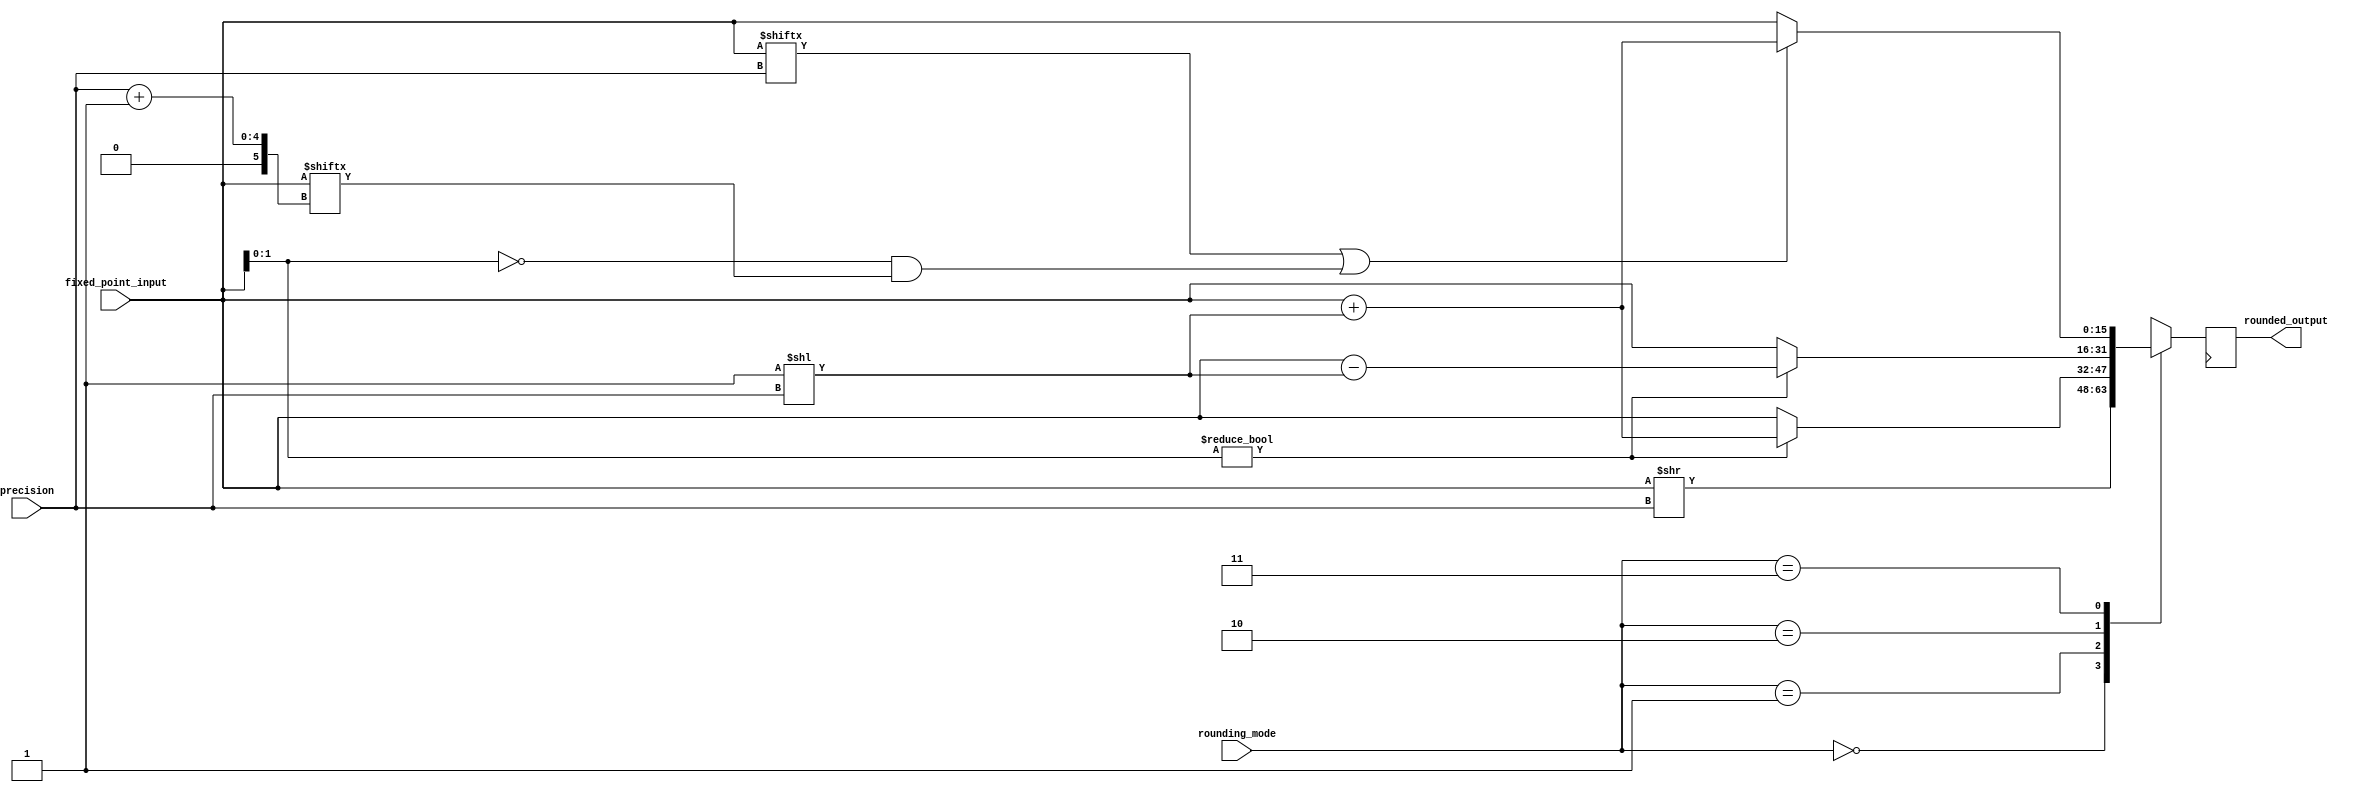
module fixed_point_rounding_unit (
    input [15:0] fixed_point_input,
    input [3:0] precision,
    input [1:0] rounding_mode,
    output reg [15:0] rounded_output
);

always @(posedge clk) begin
    case(rounding_mode)
        2'b00: rounded_output <= fixed_point_input >> precision; //truncation
        2'b01: begin //rounding up
            if(fixed_point_input[precision - 1:0] != 0)
                rounded_output <= fixed_point_input + (1 << precision);
            else
                rounded_output <= fixed_point_input;
        end
        2'b10: begin //rounding down
            if(fixed_point_input[precision - 1:0] != 0)
                rounded_output <= fixed_point_input - (1 << precision);
            else
                rounded_output <= fixed_point_input;
        end
        2'b11: begin //rounding to nearest even
            if(fixed_point_input[precision] == 1 || (fixed_point_input[precision - 1:0] == 0 && fixed_point_input[precision + 1]))
                rounded_output <= fixed_point_input + (1 << precision);
            else
                rounded_output <= fixed_point_input;
        end
    endcase
end

endmodule